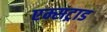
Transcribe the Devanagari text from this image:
एम्सट्राड